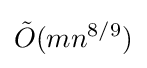
{\tilde {O}}(mn^{8/9})